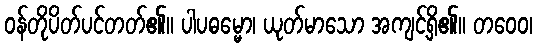
ဝန်တိုပိတ်ပင်တတ်၏။ ပါပဓမ္မော၊ ယုတ်မာသော အကျင့်ရှိ၏။ တဝေဝ၊